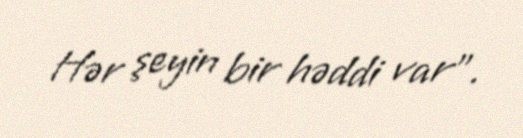
Hər şeyin bir həddi var”.